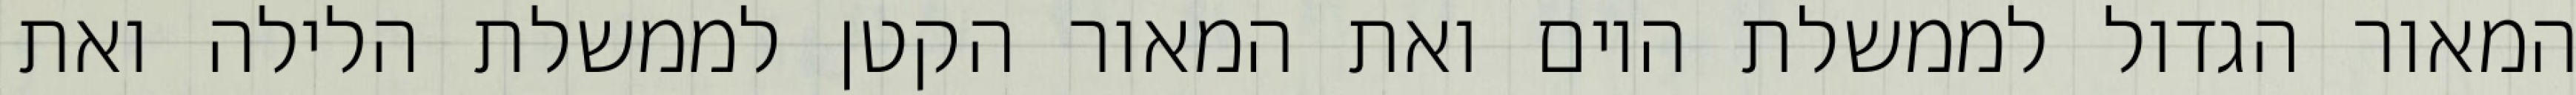
המאור הגדול לממשלת היום ואת המאור הקטן לממשלת הלילה ואת